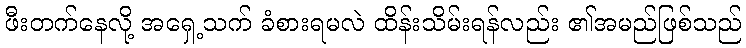
ဖီးတက်နေလို့ အရှေ့သက် ခံစားရမလဲ ထိန်းသိမ်းရန်လည်း ၏အမည်ဖြစ်သည်